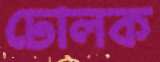
ঢোলক